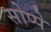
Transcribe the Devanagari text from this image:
सोप्पे